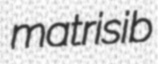
matrisib